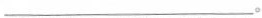
___。